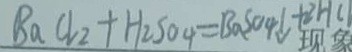
B a C l _ { 2 } + H _ { 2 } S O _ { 4 } = B a S O _ { 4 } \downarrow + 2 H C l